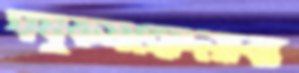
ঘষুকমহোদয়ব্য